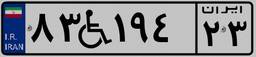
۸۳W۱۹۴۲۳